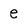
Character: e